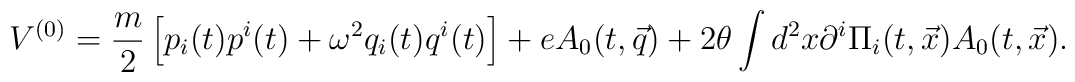
{V}^{(0)} = {m\over 2}\left[p_i(t)p^i(t) + \omega^2 q_i(t)q^i(t) \right]+ e A_0(t,\vec q) +2\theta \int d^2x \partial^i\Pi_i(t,\vec x) A_0(t,\vec x).